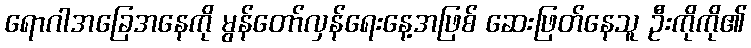
ရောဂါအခြေအနေကို မွန်တော်လှန်ရေးနေ့အဖြစ် ဆေးဖြတ်နေသူ ဦးကိုကို၏